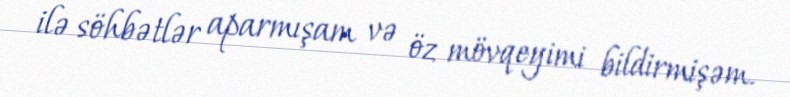
ilə söhbətlər aparmışam və öz mövqeyimi bildirmişəm.